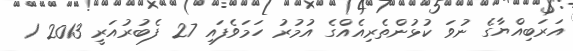
އަރަބިއްޔާގެ ނުވަ ކުޅުންތެރިއެއްގެ އުމުރު ހަމަވެފައި 27 ފެބުރުއަރީ 2013 1